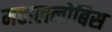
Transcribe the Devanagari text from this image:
महाललोबिस